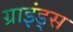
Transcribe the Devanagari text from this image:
ग्राइंड्स